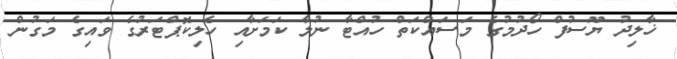
ޚާލިދު ޔޫސުފް ހޯދުމުގެ މަސައްކަތް ހުއްޓާ ނުލާ ކަމަށާއި ހެލިކޮޕްޓަރުގެ ވައިގެ މަގުން